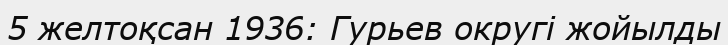
5 желтоқсан 1936: Гурьев округі жойылды